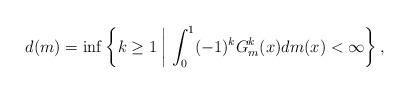
LaTeX: \begin{align*}d(m) = \inf\left\{k \geq 1 \;\middle|\; \int_{0}^{1}(-1)^kG^k_m(x)dm(x) < \infty \right\}, \end{align*}